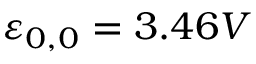
\varepsilon _ { \boldsymbol { 0 } , 0 } = 3 . 4 6 V